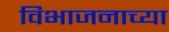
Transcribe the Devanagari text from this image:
विभाजनाच्या